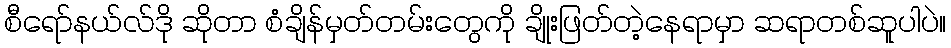
စီရော်နယ်လ်ဒို ဆိုတာ စံချိန်မှတ်တမ်းတွေကို ချိုးဖြတ်တဲ့နေရာမှာ ဆရာတစ်ဆူပါပဲ။